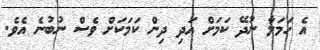
އެ ހަމަލާ ނުދޭ ކަމަށް އަދި ދިން ކަމަކަށް ވެސް ނުބުނެ އެވެ.